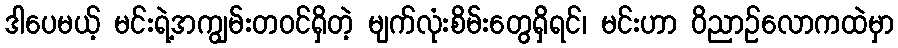
ဒါပေမယ့် မင်းရဲ့အကျွမ်းတဝင်ရှိတဲ့ မျက်လုံးစိမ်းတွေရှိရင်၊ မင်းဟာ ဝိညာဉ်လောကထဲမှာ